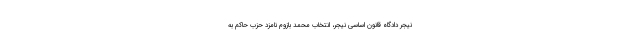
نیجر دادگاه قانون اساسی نیجر، انتخاب محمد بازوم نامزد حزب حاکم به